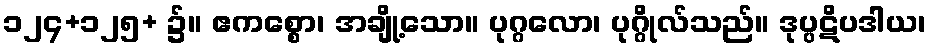
၁၂၄+၁၂၅+ ၌။ ဧကစ္စော၊ အချို့သော။ ပုဂ္ဂလော၊ ပုဂ္ဂိုလ်သည်။ ဒုပ္ပဋိပဒါယ၊